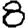
Digit: 8